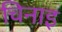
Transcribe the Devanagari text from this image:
चिनाइ